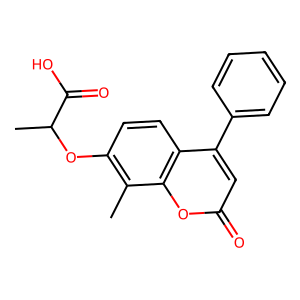
SMILES: Cc1c(OC(C)C(=O)O)ccc2c(-c3ccccc3)cc(=O)oc12
Inhibits HIV replication: No